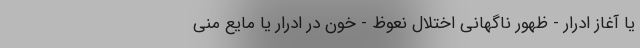
یا آغاز ادرار - ظهور ناگهانی اختلال نعوظ - خون در ادرار یا مایع منی